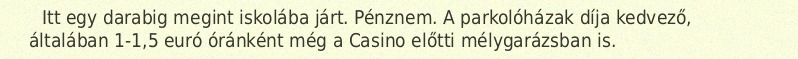
Itt egy darabig megint iskolába járt. Pénznem. A parkolóházak díja kedvező, általában 1-1,5 euró óránként még a Casino előtti mélygarázsban is.